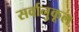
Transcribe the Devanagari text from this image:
सर्वानुकूल